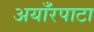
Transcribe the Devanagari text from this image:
अयाँरपाटा